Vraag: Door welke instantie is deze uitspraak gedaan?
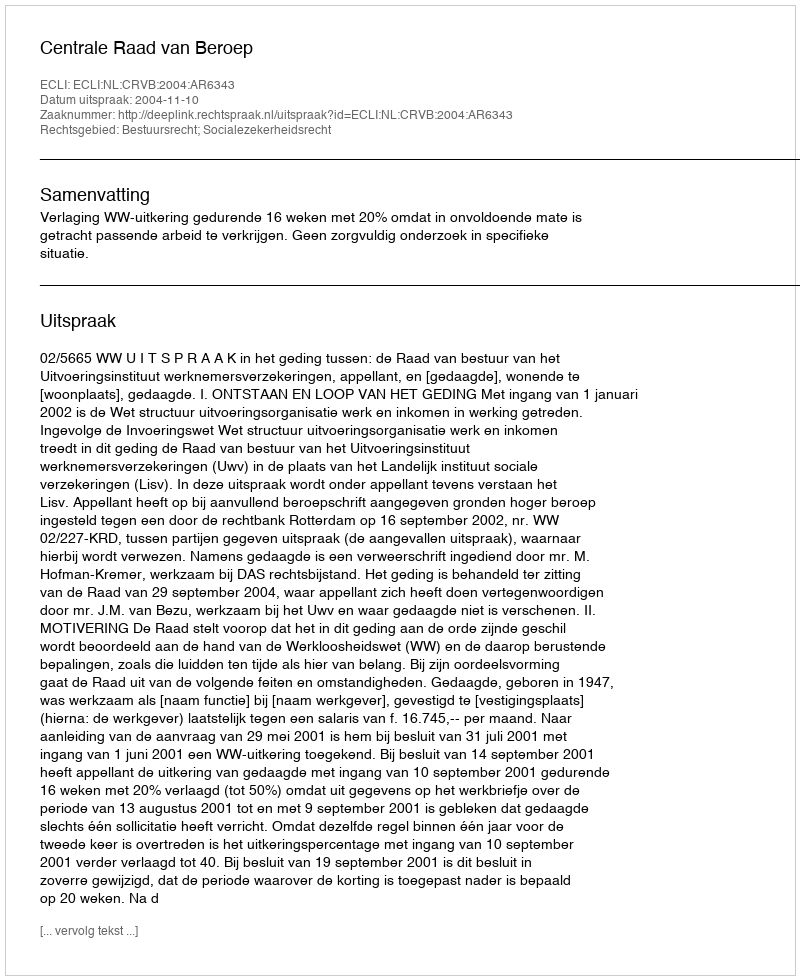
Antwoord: Centrale Raad van Beroep